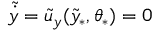
\tilde { \dot { y } } = \tilde { u } _ { y } ( \tilde { y } _ { \ast } , \theta _ { \ast } ) = 0